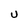
Character: U